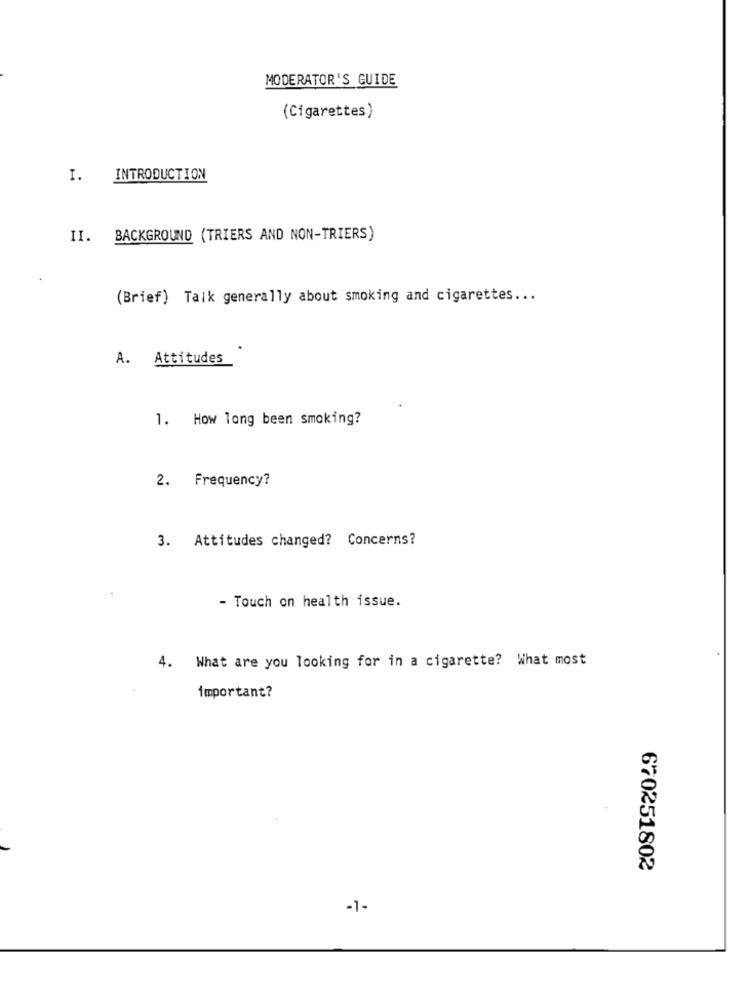
MODERATOR'S GUIDE
(Cigarettes)
I. INTRODUCTION
II. BACKGROUND (TRIERS AND NON-TRIERS)
(Brief) Talk generally about smoking and cigarettes ...
A. Attitudes
1. How long been smoking?
2. Frequency?
3. Attitudes changed? Concerns?
- Touch on health issue.
4.
What are you looking for in a cigarette? What most
important?
670251802
-1-